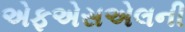
એફએસએલની